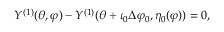
Y ^ { ( 1 ) } ( \theta , \varphi ) - Y ^ { ( 1 ) } ( \theta + \iota _ { 0 } \Delta \varphi _ { 0 } , \eta _ { 0 } ( \varphi ) ) = 0 ,